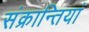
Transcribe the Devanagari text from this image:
संक्रान्तियां